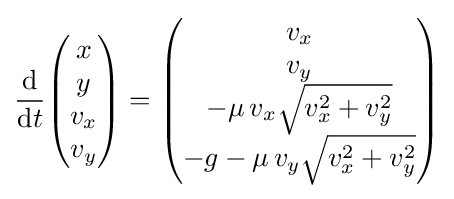
{\frac {\mathrm {d} }{\mathrm {d} t}}{\begin{pmatrix}x\\y\\v_{x}\\v_{y}\end{pmatrix}}={\begin{pmatrix}v_{x}\\v_{y}\\-\mu \,v_{x}{\sqrt {v_{x}^{2}+v_{y}^{2}}}\\-g-\mu \,v_{y}{\sqrt {v_{x}^{2}+v_{y}^{2}}}\end{pmatrix}}